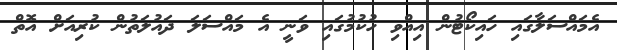
އެމައްސަލާގައި ހައިކޯޓުން އިއްވި ހުކުމުގައި ވަނީ އެ މައްސަލަ ދައުލަތުން ކުރިއަށް އޮތް